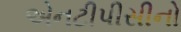
એનટીપીસીનો